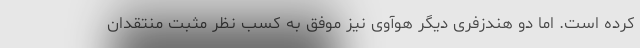
کرده است. اما دو هندزفری دیگر هوآوی نیز موفق به کسب نظر مثبت منتقدان